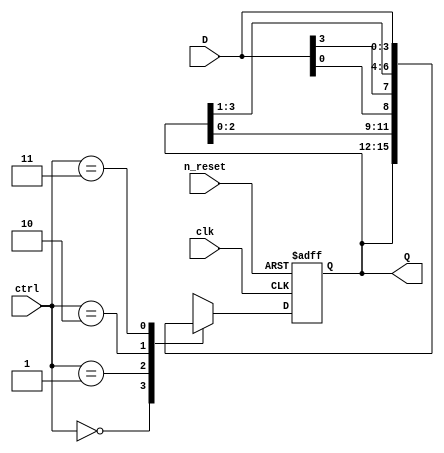
`timescale 1ns / 1ps
//////////////////////////////////////////////////////////////////////////////////
// Company: 
// Engineer: 
// 
// Design Name: 
// Module Name: universal_shift_register
// Project Name: 
// Target Devices: 
// Tool Versions: 
// Description: 
/*
    An N universal shift register with parallel load. it can either shift its content left or right, or remain in the same state.
*/
// Dependencies: 
// 
// Revision:
// Revision 0.01 - File Created
// Additional Comments:
// 
//////////////////////////////////////////////////////////////////////////////////


module univ_shift_reg
#(parameter N = 4)(
        input wire  clk, n_reset,
        input wire [1:0] ctrl,
        input wire [N-1: 0] D,
        output wire [N-1: 0] Q
    );

    reg  [N-1: 0] R_current; // resembles the current state.
    reg  [N-1: 0] R_next;    // resembles the next state.
    
    // register
    always @(posedge clk or negedge n_reset) begin
        if(~n_reset)
            R_current <= 0;
        else 
            R_current <= R_next;
    end

    // next state logic
    always @(*) begin
        case (ctrl)
            2'b00: R_next = R_current;                      // Store 
            2'b01: R_next = {R_current[N-2: 0], D[0]};      // shift left
            2'b10: R_next = {D[N-1], R_current[N-1: 1]};    // shift right
            2'b11: R_next = D;                              // parallel load 
        endcase
    end
    
    // OP logic
    assign Q = R_current;
endmodule